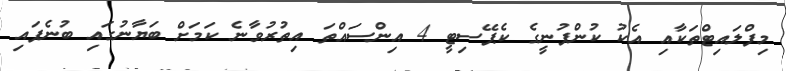
މިފްލައިޓްތަކާއި އެކު ކުންފުނީގެ ކެޕޭސިޓީ 4 އިންސައްތަ އިތުރުވާނެ ކަމަށް ބަޔާނުގައި ބުނެފައި